Indian journal of veterinary science and animal husbandry - Volumes 15-17, 1948-1951
Year: 1948
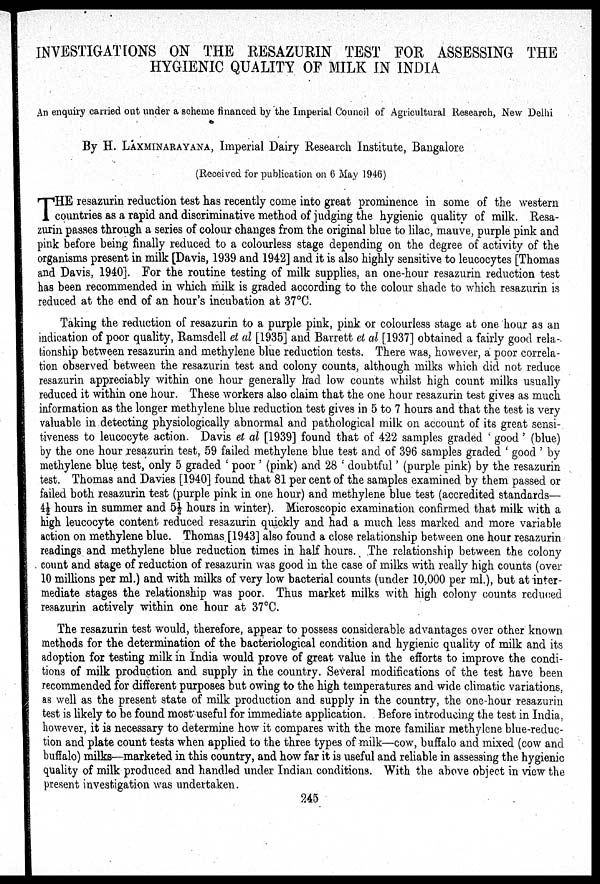
INVESTIGATIONS ON THE RESAZURIN TEST FOR ASSESSING THE
HYGIENIC QUALITY OF MILK IN INDIA
An enquiry carried out under a scheme financed by the Imperial Council of Agricultural Research, New Delhi
By H. LAXMINARAYANA, Imperial Dairy Research Institute, Bangalore
(Received for publication on 6 May 1946)
T HE resazurin reduction test has recently come into great prominence in some of the western
countries as a rapid and discriminative method of judging the hygienic quality of milk. Resa-
zurin passes through a series of colour changes from the original blue to lilac, mauve, purple pink and
pink before being finally reduced to a colourless stage depending on the degree of activity of the
organisms present in milk [Davis, 1939 and 1942] and it is also highly sensitive to leucocytes [Thomas
and Davis, 1940]. For the routine testing of milk supplies, an one-hour resazurin reduction test
has been recommended in which milk is graded according to the colour shade to which resazurin is
reduced at the end of an hour's incubation at 37ºC.
Taking the reduction of resazurin to a purple pink, pink or colourless stage at one hour as an
indication of poor quality, Ramsdell et al [1935] and Barrett et al [1937] obtained a fairly good rela-
tionship between resazurin and methylene blue reduction tests. There was, however, a poor correla-
tion observed between the resazurin test and colony counts, although milks which did not reduce
resazurin appreciably within one hour generally had low counts whilst high count milks usually
reduced it within one hour. These workers also claim that the one hour resazurin test gives as much
information as the longer methylene blue reduction test gives in 5 to 7 hours and that the test is very
valuable in detecting physiologically abnormal and pathological milk on account of its great sensi-
tiveness to leucocyte action. Davis et al [1939] found that of 422 samples graded 'good' (blue)
by the one hour resazurin test, 59 failed methylene blue test and of 396 samples graded 'good' by
methylene blue test, only 5 graded 'poor' (pink) and 28 'doubtful' (purple pink) by the resazurin
test. Thomas and Davies [1940] found that 81 per cent of the samples examined by them passed or
failed both resazurin test (purple pink in one hour) and methylene blue test (accredited standards—
4½ hours in summer and 5½ hours in winter). Microscopic examination confirmed that milk with a
high leucocyte content reduced resazurin quickly and had a much less marked and more variable
action on methylene blue. Thomas. [1943] also found a close relationship between one hour resazurin
readings and methylene blue reduction times in half hours. The relationship between the colony
count and stage of reduction of resazurin was good in the case of milks with really high counts (over
10 millions per ml.) and with milks of very low bacterial counts (under 10,000 per ml.), but at inter-
mediate stages the relationship was poor. Thus market milks with high colony counts reduced
resazurin actively within one hour at 37ºC.
The resazurin test would, therefore, appear to possess considerable advantages over other known
methods for the determination of the bacteriological condition and hygienic quality of milk and its
adoption for testing milk in India would prove of great value in the efforts to improve the condi-
tions of milk production and supply in the country. Several modifications of the test have been
recommended for different purposes but owing to the high temperatures and wide climatic variations,
as well as the present state of milk production and supply in the country, the one-hour resazurin
test is likely to be found most useful for immediate application. Before introducing the test in India,
however, it is necessary to determine how it compares with the more familiar methylene blue-reduc-
tion and plate count tests when applied to the three types of milk—cow, buffalo and mixed (cow and
buffalo) milks—marketed in this country, and how far it is useful and reliable in assessing the hygienic
quality of milk produced and handled under Indian conditions. With the above object in view the
present investigation was undertaken.
245